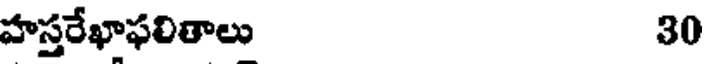
హస్తరేఖాఫలితాలు 30